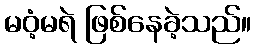
မဝံ့မရဲ ဖြစ်နေခဲ့သည်။